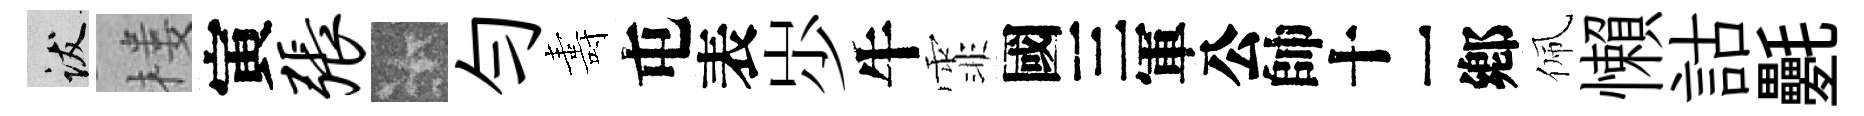
跋楼寅张卡勻夀屯表𡵯牛霏别佩懶詁氎